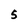
Character: 5